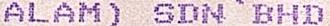
ALAM) SDN BHD